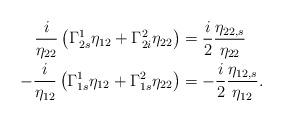
LaTeX: \begin{align*} \frac{i}{\eta_{22}}\left(\Gamma_{2s}^{1}\eta_{12}+\Gamma_{2i}^{2}\eta_{22} \right)&=\frac{i}{2}\frac{\eta_{22,s}}{\eta_{22}}\\ -\frac{i}{\eta_{12}}\left(\Gamma_{1s}^{1}\eta_{12}+\Gamma_{1s}^{2}\eta_{22} \right)&=-\frac{i}{2}\frac{\eta_{12,s}}{\eta_{12}}. \end{align*}